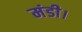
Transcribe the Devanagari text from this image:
मंडी।